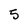
Character: 5